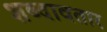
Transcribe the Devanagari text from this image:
शब्दावतार